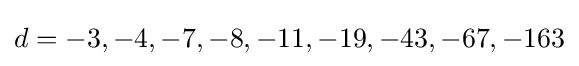
d=-3,-4,-7,-8,-11,-19,-43,-67,-163